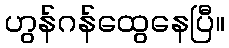
ဟွန်ဂန်ထွေနေပြီ။